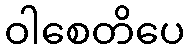
ဝါစေတိပေ